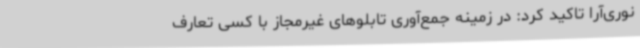
نوری‌آرا تاکید کرد: در زمینه جمع‌آوری تابلوهای غیرمجاز با کسی تعارف